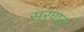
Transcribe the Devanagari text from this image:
सरघात